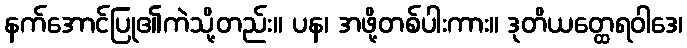
နက်အောင်ပြု၏ကဲသို့တည်း။ ပန၊ အဖို့တစ်ပါးကား။ ဒုတိယတ္ထေရဝါဒေ၊